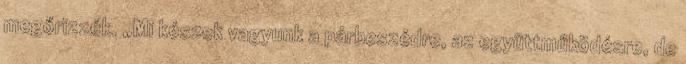
megőrizzék. „Mi készek vagyunk a párbeszédre, az együttműködésre, de